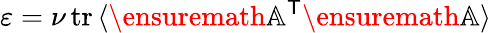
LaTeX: \varepsilon=\nu\, \mathrm{tr}\, \langle\ensuremath{\mathbb{A}}^{\sf T}\ensuremath{\mathbb{A}}\rangle